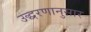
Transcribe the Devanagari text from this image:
उद्धरणानुसार